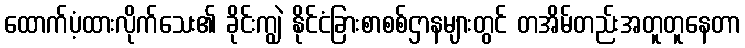
ထောက်ပံ့ထားလိုက်သေး၏ ခိုင်းကျွဲ နိုင်ငံခြားစာစစ်ဌာနများတွင် တအိမ်တည်းအတူတူနေတာ